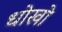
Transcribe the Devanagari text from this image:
धोखो